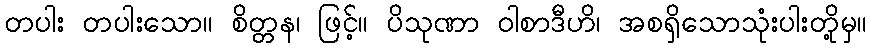
တပါး တပါးသော။ စိတ္တန၊ ဖြင့်။ ပိသုဏာ ဝါစာဒီဟိ၊ အစရှိသောသုံးပါးတို့မှ။